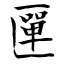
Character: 匰